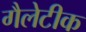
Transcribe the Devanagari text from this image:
गैलेटीक